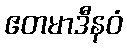
ဧတမာဒီနဝံ